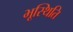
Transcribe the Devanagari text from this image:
भूस्थिति